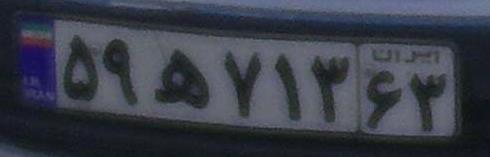
۵۹ه۷۱۳۶۳